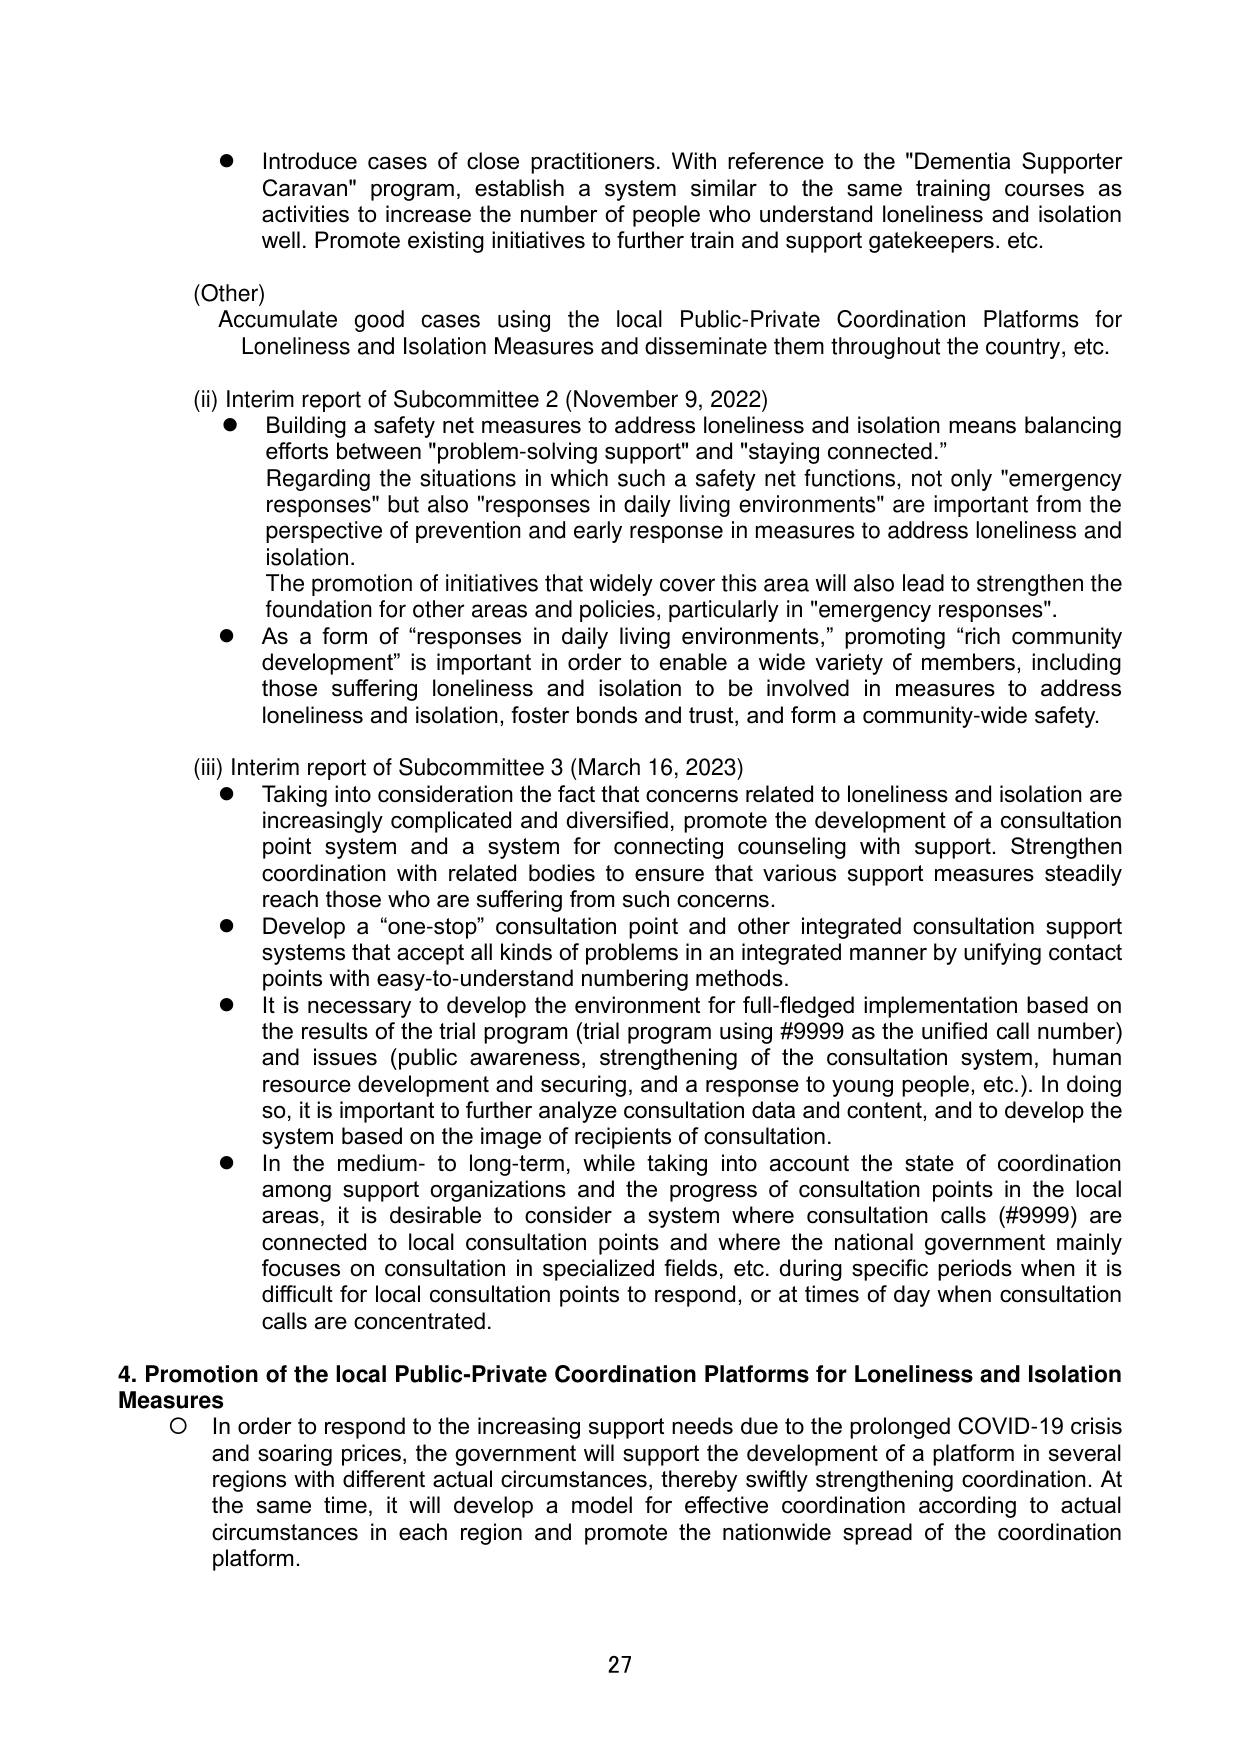
● Introduce cases of close practitioners. With reference to the "Dementia Supporter Caravan" program, establish a system similar to the same training courses as activities to increase the number of people who understand loneliness and isolation well. Promote existing initiatives to further train and support gatekeepers, etc.

(Other)
Accumulate good cases using the local Public-Private Coordination Platforms for Loneliness and Isolation Measures and disseminate them throughout the country, etc.

(ii) Interim report of Subcommittee 2 (November 9, 2022)
● Building a safety net measures to address loneliness and isolation means balancing efforts between "problem-solving support" and "staying connected." Regarding the situations in which such a safety net functions, not only "emergency responses" but also "responses in daily living environments" are important from the perspective of prevention and early response in measures to address loneliness and isolation. The promotion of initiatives that widely cover this area will also lead to strengthen the foundation for other areas and policies, particularly in "emergency responses".
● As a form of “responses in daily living environments,” promoting “rich community development” is important in order to enable a wide variety of members, including those suffering loneliness and isolation to be involved in measures to address loneliness and isolation, foster bonds and trust, and form a community-wide safety.

(iii) Interim report of Subcommittee 3 (March 16, 2023)
● Taking into consideration the fact that concerns related to loneliness and isolation are increasingly complicated and diversified, promote the development of a consultation point system and a system for connecting counseling with support. Strengthen coordination with related bodies to ensure that various support measures steadily reach those who are suffering from such concerns.
● Develop a “one-stop” consultation point and other integrated consultation support systems that accept all kinds of problems in an integrated manner by unifying contact points with easy-to-understand numbering methods.
● It is necessary to develop the environment for full-fledged implementation based on the results of the trial program (trial program using #9999 as the unified call number) and issues (public awareness, strengthening of the consultation system, human resource development and securing, and a response to young people, etc.). In doing so, it is important to further analyze consultation data and content, and to develop the system based on the image of recipients of consultation.
● In the medium- to long-term, while taking into account the state of coordination among support organizations and the progress of consultation points in the local areas, it is desirable to consider a system where consultation calls (#9999) are connected to local consultation points and where the national government mainly focuses on consultation in specialized fields, etc. during specific periods when it is difficult for local consultation points to respond, or at times of day when consultation calls are concentrated.

4. Promotion of the local Public-Private Coordination Platforms for Loneliness and Isolation Measures
○ In order to respond to the increasing support needs due to the prolonged COVID-19 crisis and soaring prices, the government will support the development of a platform in several regions with different actual circumstances, thereby swiftly strengthening coordination. At the same time, it will develop a model for effective coordination according to actual circumstances in each region and promote the nationwide spread of the coordination platform.

27